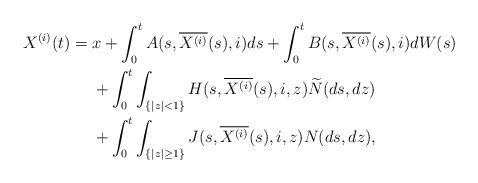
LaTeX: \begin{align*} X^{(i)}(t)&= x+\int_0^t A(s,\overline{X^{(i)}}(s),i)ds+\int_0^t B(s,\overline{X^{(i)}}(s),i)dW(s) \\ &\quad\ +\int_0^t \int_{\{|z|<1\}} H(s,\overline{X^{(i)}}(s),i,z)\widetilde{N}(ds,dz)\\&\quad\ +\int_0^t\int_{\{|z|\ge1\}} J(s,\overline{X^{(i)}}(s),i,z)N(ds,dz),\end{align*}